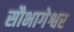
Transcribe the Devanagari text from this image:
सौभागेश्वर